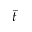
\tilde { t }